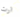
ارت